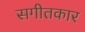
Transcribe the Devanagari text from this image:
सगीतकार